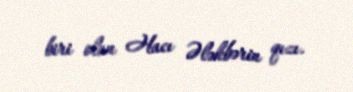
biri olan Hacı Ələkbərin qızı.